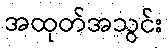
အထုတ်အသွင်း